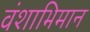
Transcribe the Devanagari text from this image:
वंशाभिमान